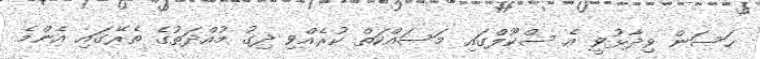
ހަސަން ވިދާޅުވީ އެ ސްކޫލްގައި މަސައްކަތް ކުރެއްވި ދިގު މުއްދަތުގެ ތެރޭގައި އެންމެ